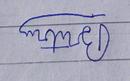
Signature authenticity: forged